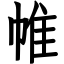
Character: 帷